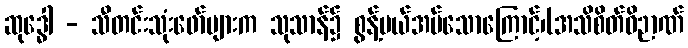
ဆုဒ္ဓေါ - သီတင်းသုံးဖော်များက သုသာန်၌ စွန့်ပယ်အပ်သောကြောင့်၊(အသိစိတ်ဝိဉာဏ်